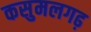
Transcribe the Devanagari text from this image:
कसुमलगढ़